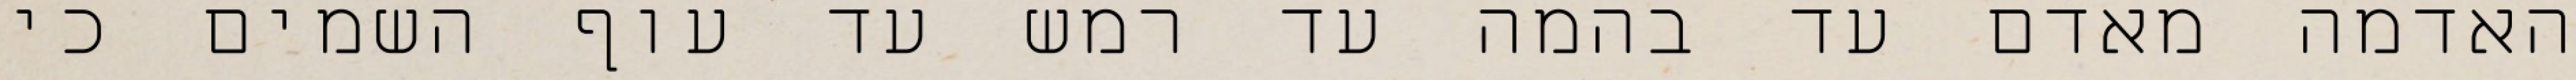
האדמה מאדם עד בהמה עד רמש עד עוף השמים כי